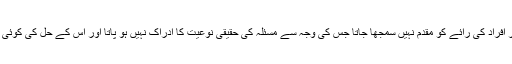
لیکن اکثر مسئلے کے شکار افراد کی رائے کو مقدم نہیں سمجھا جاتا جس کی وجہ سے مسئلہ کی حقیقی نوعیت کا ادراک نہیں ہو پاتا اور اُس کے حل کی کوئی بہترصورت نہیں نکل پاتی۔